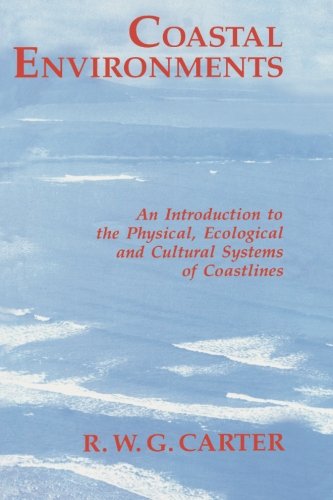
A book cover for Coastal Environments: An Introduction to the Physical, Ecological, and Cultural Systems of Coastlines; R. W.G. Carter; Engineering & Transportation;